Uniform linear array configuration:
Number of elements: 24
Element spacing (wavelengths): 1
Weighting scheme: kaiser
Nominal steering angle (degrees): -15
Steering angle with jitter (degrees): -16.251
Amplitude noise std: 0.05
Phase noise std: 0.05

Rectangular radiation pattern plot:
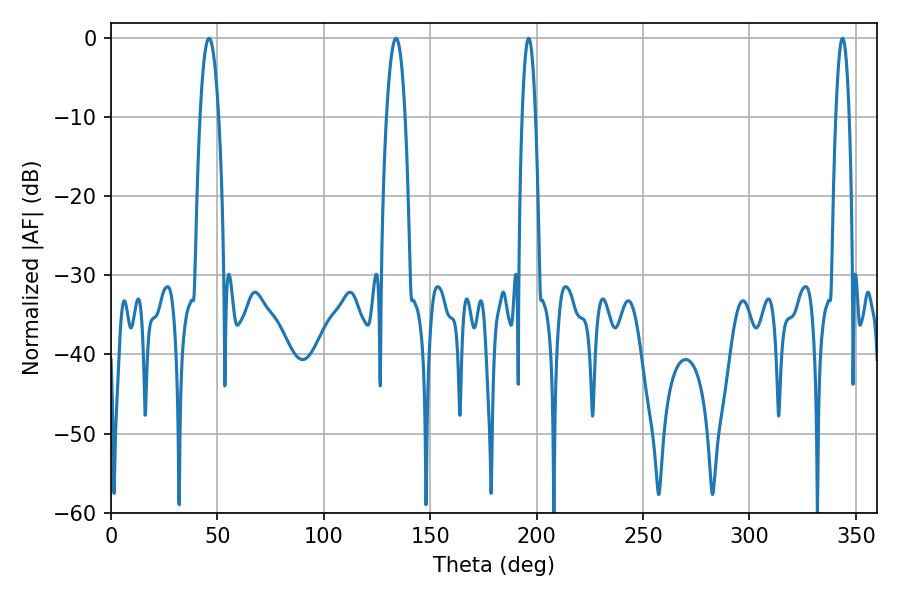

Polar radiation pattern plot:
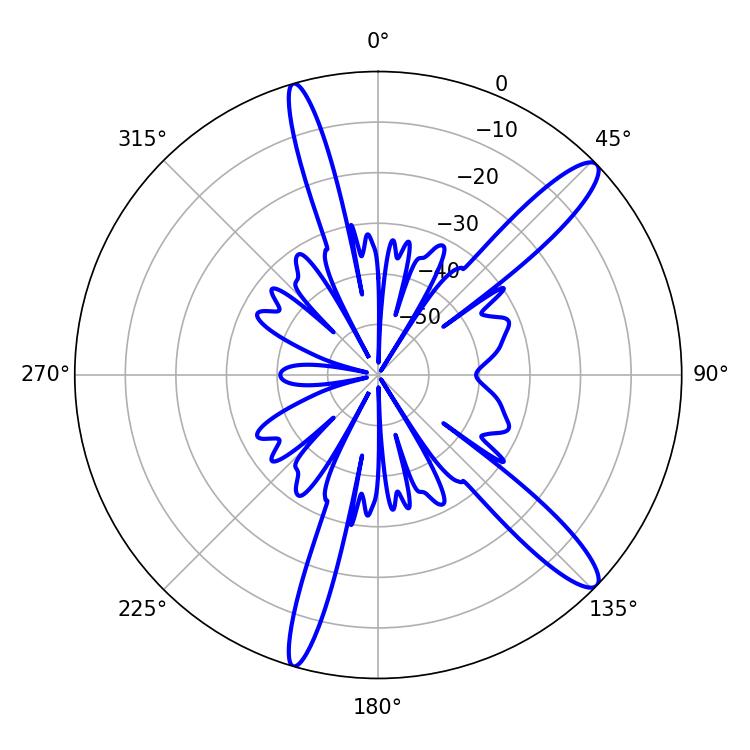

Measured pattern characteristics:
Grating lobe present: TRUE
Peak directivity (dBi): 13.251
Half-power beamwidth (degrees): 4.86
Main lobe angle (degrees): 46.08